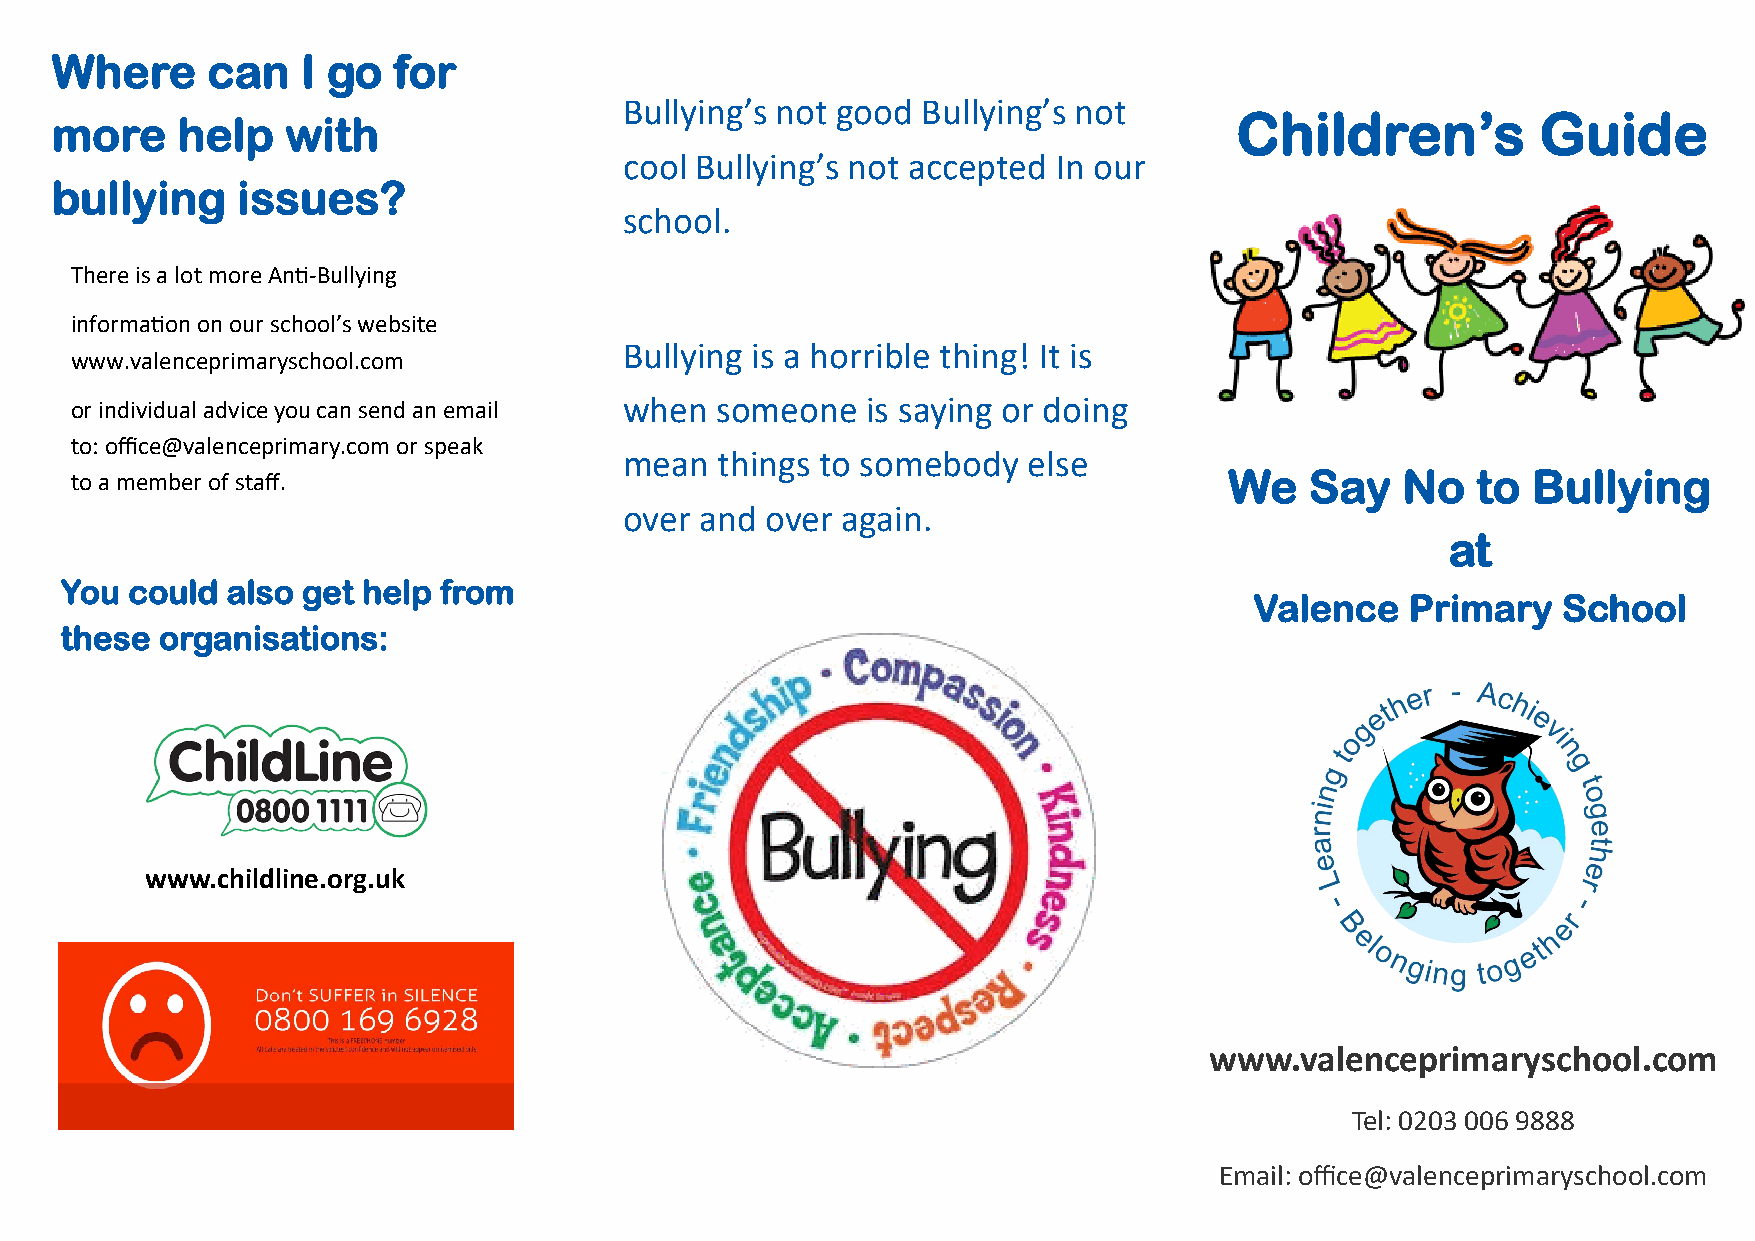
Where      can   I go  for
 Bullying’s not good Bullying’s not
 more     help   with                                                           Children’s          Guide
 cool Bullying’s not accepted In our
 bullying     issues?
 school.
 There is a lot more Anti-Bullying
 information on our school’s website
 Bullying is a horrible thing! It is
 www.valenceprimaryschool.com
 or individual advice you can send an email when someone is saying or doing
 to: office@valenceprimary.com or speak
 mean   things to somebody  else
 to a member of staff.                                                       We    Say   No   to Bullying
 over and  over again.
 at
 You could  also get help from
 Valence   Primary   School
 these  organisations:
 www.childline.org.uk
 www.valenceprimaryschool.com
 Tel: 0203 006 9888
 Email: office@valenceprimaryschool.com